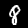
Digit: 8